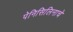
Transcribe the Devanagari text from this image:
पेनिसिलिनाचे